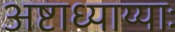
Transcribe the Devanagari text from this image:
अष्टाध्याय्याः